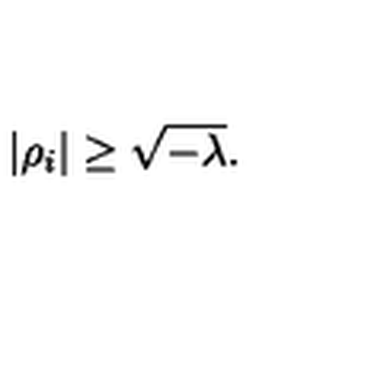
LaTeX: | \rho _ { i } | \geq \sqrt { - \lambda } .